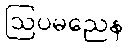
ဩပမညေန